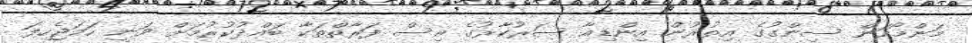
މަންމޯހަން ސިންގުގެ އިތުރުން އިންޑިއާ ސަރުކާރުގެ އިސް ފަރާތްތަކާ ބައްދުކުރުމަށް ވަނީ ހަމަޖެހިފަ